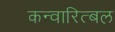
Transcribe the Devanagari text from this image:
कन्वारित्बल